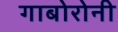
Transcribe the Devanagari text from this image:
गाबोरोनी